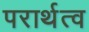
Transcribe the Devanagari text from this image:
परार्थत्व